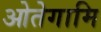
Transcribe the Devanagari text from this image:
ओतेगामि